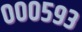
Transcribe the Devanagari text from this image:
०००५९३